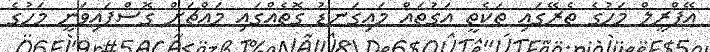
އޭޕްރީލް މަހުގެ ތެރޭގައި ތަކެތީ އަގުތައް މައިގަނޑު ގޮތެއްގައި މައްޗަށް ގޮސްފައިވަނީ މަހުގެ